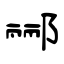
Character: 郦